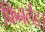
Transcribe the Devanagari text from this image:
फिनलैंड।